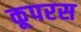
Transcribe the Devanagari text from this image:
कूपरस